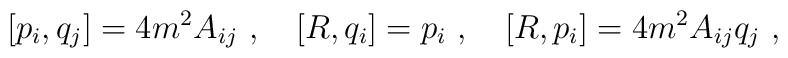
[p_i,q_j]=4m^2A_{ij}\ ,\quad [R,q_i]=p_i \ ,\quad [R,p_i]=4m^2A_{ij}q_j\ ,